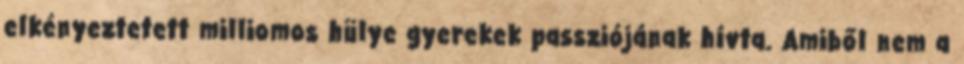
elkényeztetett milliomos hülye gyerekek passziójának hí­vta. Amiből nem a